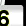
Digit: 3